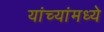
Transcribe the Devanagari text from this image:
यांच्यांमध्ये